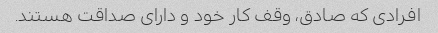
افرادی که صادق، وقف کار خود و دارای صداقت هستند.